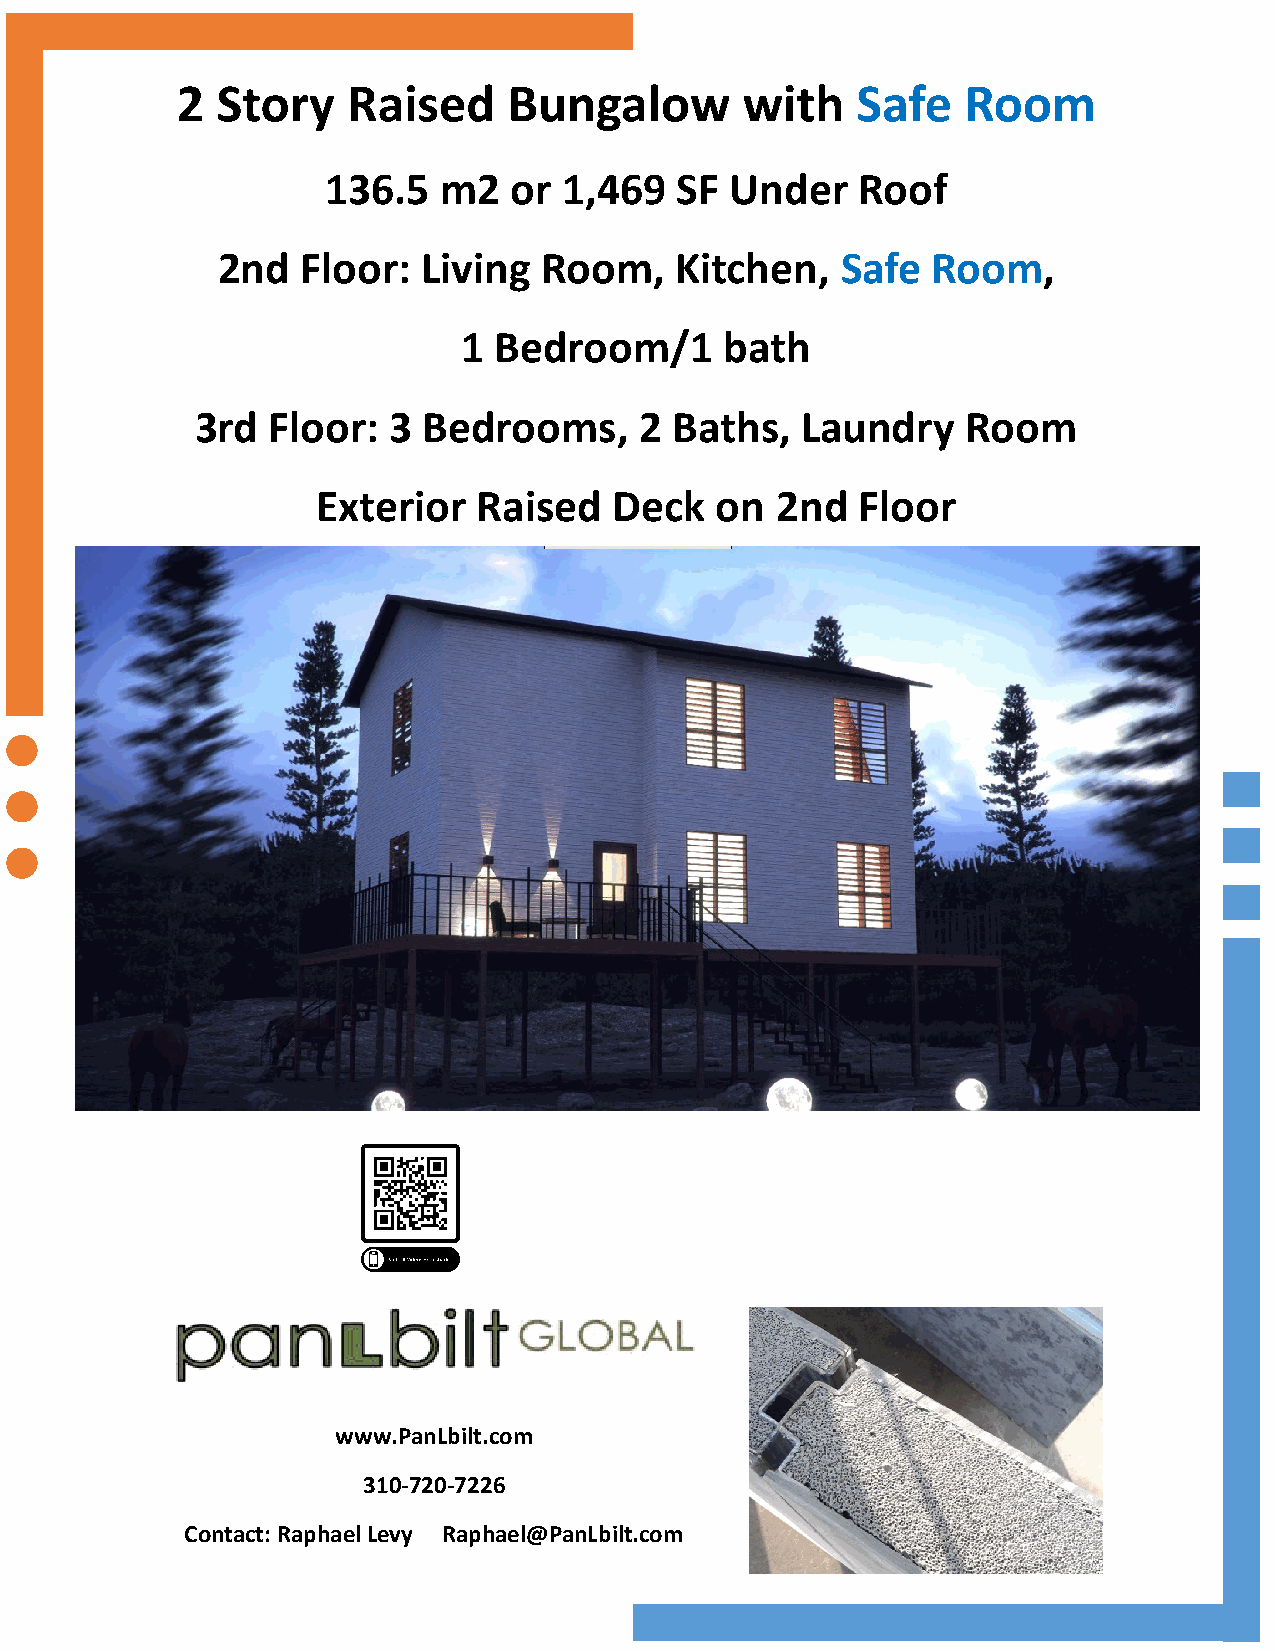
2 Story    Raised     Bungalow       with    Safe   Room
 136.5   m2   or 1,469   SF Under    Roof
 2nd   Floor:  Living  Room,    Kitchen,   Safe  Room,
 1 Bedroom/1      bath
 3rd  Floor:  3 Bedrooms,     2  Baths,  Laundry    Room
 Exterior   Raised   Deck  on  2nd   Floor
 www.PanLbilt.com
 310-720-7226
 Contact: Raphael Levy Raphael@PanLbilt.com